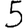
Digit: 5